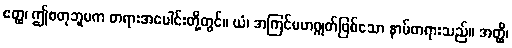
ဧတ္ထ၊ ဤစတုဘူမက တရားအပေါင်းတို့တွင်။ ယံ၊ အကြင်မဟဂ္ဂုတ်ဖြစ်သော နာမ်တရားသည်။ အတ္ထိ၊